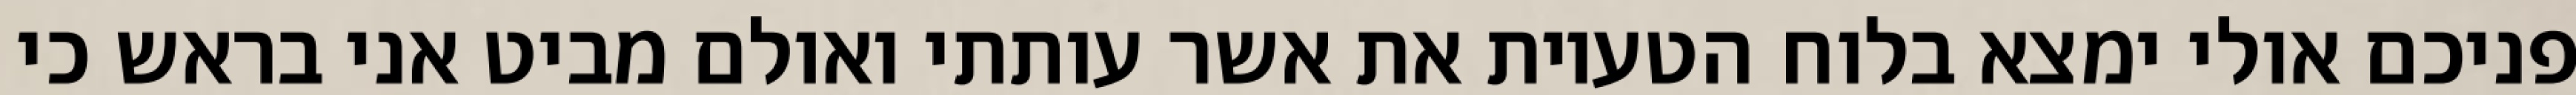
פניכם אולי ימצא בלוח הטעיות את אשר עותתי ואולם מביט אני בראש כי